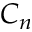
C _ { n }